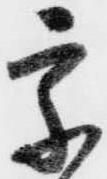
宗